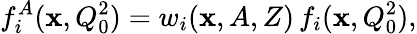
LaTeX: f_{i}^{A}(\mathbf{x},Q_{0}^{2})=w_{i}(\mathbf{x},A,Z)\, f_{i}(\mathbf{x},Q_{0}^{2}),